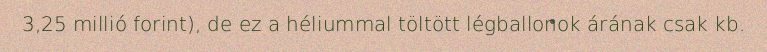
3,25 millió forint), de ez a héliummal töltött légballonok árának csak kb.